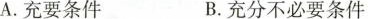
A.充要条件 B.充分不必要条件